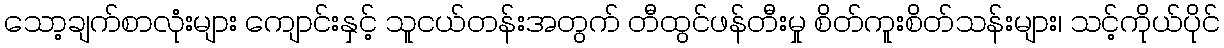
သော့ချက်စာလုံးများ ကျောင်းနှင့် သူငယ်တန်းအတွက် တီထွင်ဖန်တီးမှု စိတ်ကူးစိတ်သန်းများ၊ သင့်ကိုယ်ပိုင်